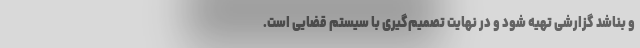
و بناشد گزارشی تهیه شود و در نهایت تصمیم‌گیری با سیستم قضایی است.